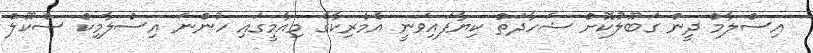
އިސްލާމް ދީން ގަބޫލުކޮށް ޝަހާދަތް ކިޔާފައިވަނީ އެމެރިކާގެ މިއާމީގައި ހުންނަ އިސްލާމިކް ސްކޫލް